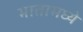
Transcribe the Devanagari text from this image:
भातामध्ये